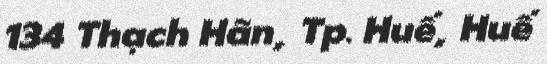
134 Thạch Hãn, Tp. Huế, Huế